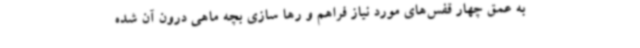
به عمق چهار قفس‌های مورد نیاز فراهم و رها سازی بچه ماهی درون آن شده